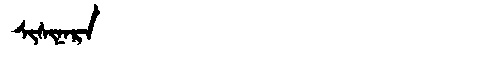
Manchu: ᠰᡳᠰᡳᠨᠠᡵᠠ
Romanization: SISINARA